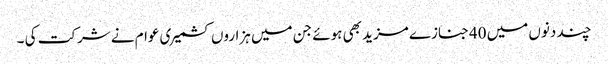
چند دنوں میں 40جنازے مزید بھی ہوئے جن میں ہزاروں کشمیری عوام نے شرکت کی ۔